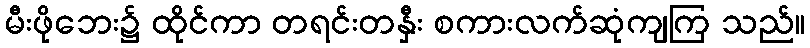
မီးဖိုဘေး၌ ထိုင်ကာ တရင်းတနှီး စကားလက်ဆုံကျကြ သည်။